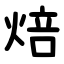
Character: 焙